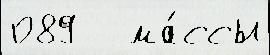
089   ма́ссы